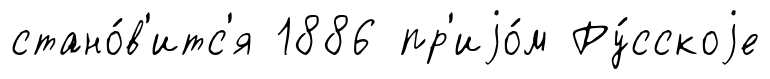
стано́в'итс'я 1886 пр'иjо́м Ру́сскоjе